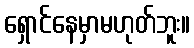
ရှောင်နေမှာမဟုတ်ဘူး။